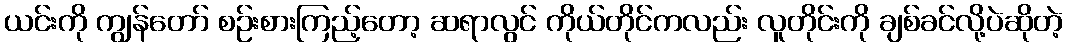
ယင်းကို ကျွန်တော် စဉ်းစားကြည့်တော့ ဆရာလွင် ကိုယ်တိုင်ကလည်း လူတိုင်းကို ချစ်ခင်လို့ပဲဆိုတဲ့